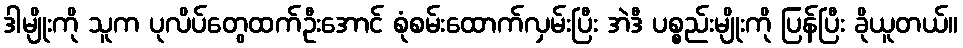
ဒါမျိုးကို သူက ပုလိပ်တွေထက်ဦးအောင် စုံစမ်းထောက်လှမ်းပြီး အဲဒီ ပစ္စည်းမျိုးကို ပြန်ပြီး ခိုယူတယ်။